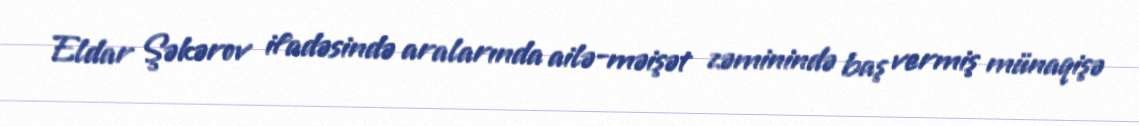
Eldar Şəkərov ifadəsində aralarında ailə-məişət zəminində baş vermiş münaqişə